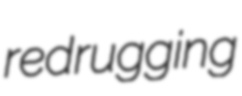
redrugging